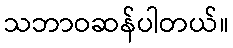
သဘာဝဆန်ပါတယ်။